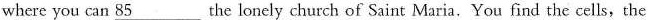
where you can \underline{85} the lonely church of Saint Maria.You find the cells,the